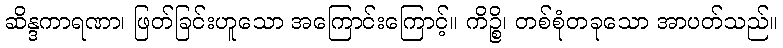
ဆိန္ဒကာရဏာ၊ ဖြတ်ခြင်းဟူသော အကြောင်းကြောင့်။ ကိဉ္စိ၊ တစ်စုံတခုသော အာပတ်သည်။